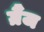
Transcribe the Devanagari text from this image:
ग्रैंज